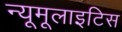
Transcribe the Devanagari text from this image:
न्यूमूलाइटिस